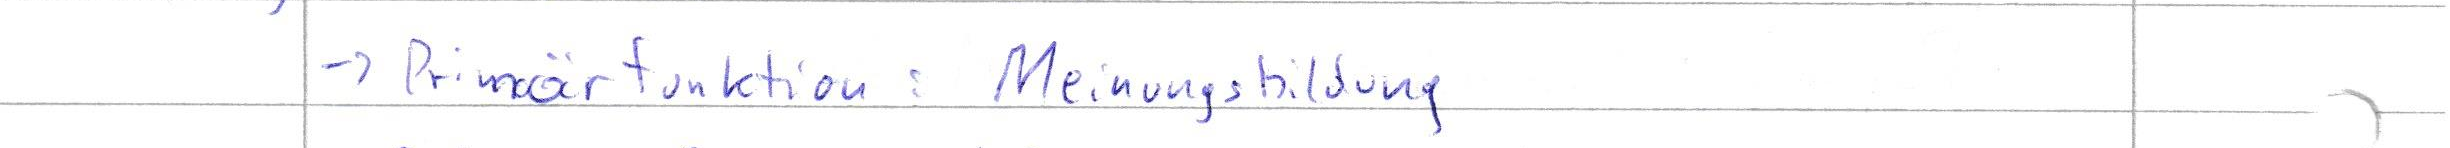
-> Primärfunktion: Meinungsbildung